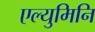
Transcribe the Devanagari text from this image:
एल्युमिनि